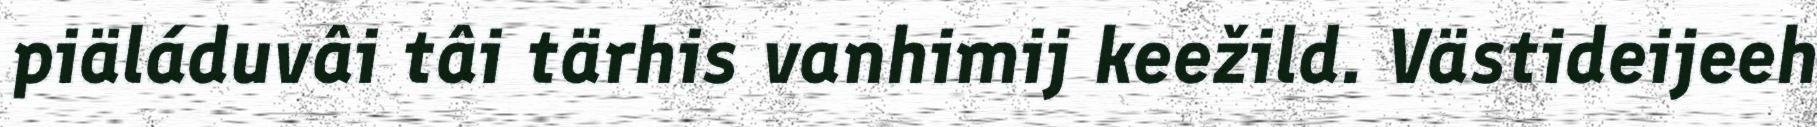
piäláduvâi tâi tärhis vanhimij keežild. Västideijeeh